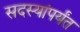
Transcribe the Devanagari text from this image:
सदस्यांपर्यंत